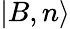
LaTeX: |B,n\rangle